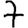
Digit: 7